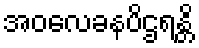
အဝလေခနပိဌရန္တိ